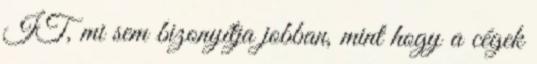
IT, mi sem bizonyítja jobban, mint hogy a cégek